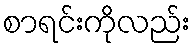
စာရင်းကိုလည်း